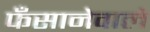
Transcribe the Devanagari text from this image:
फँसानेवाले